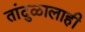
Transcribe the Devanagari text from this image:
तांदुळालाही